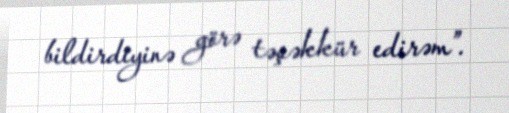
bildirdiyinə görə təşəkkür edirəm”.